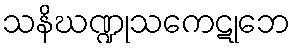
သနိဃဏ္ဍုသကေဋုဘေ